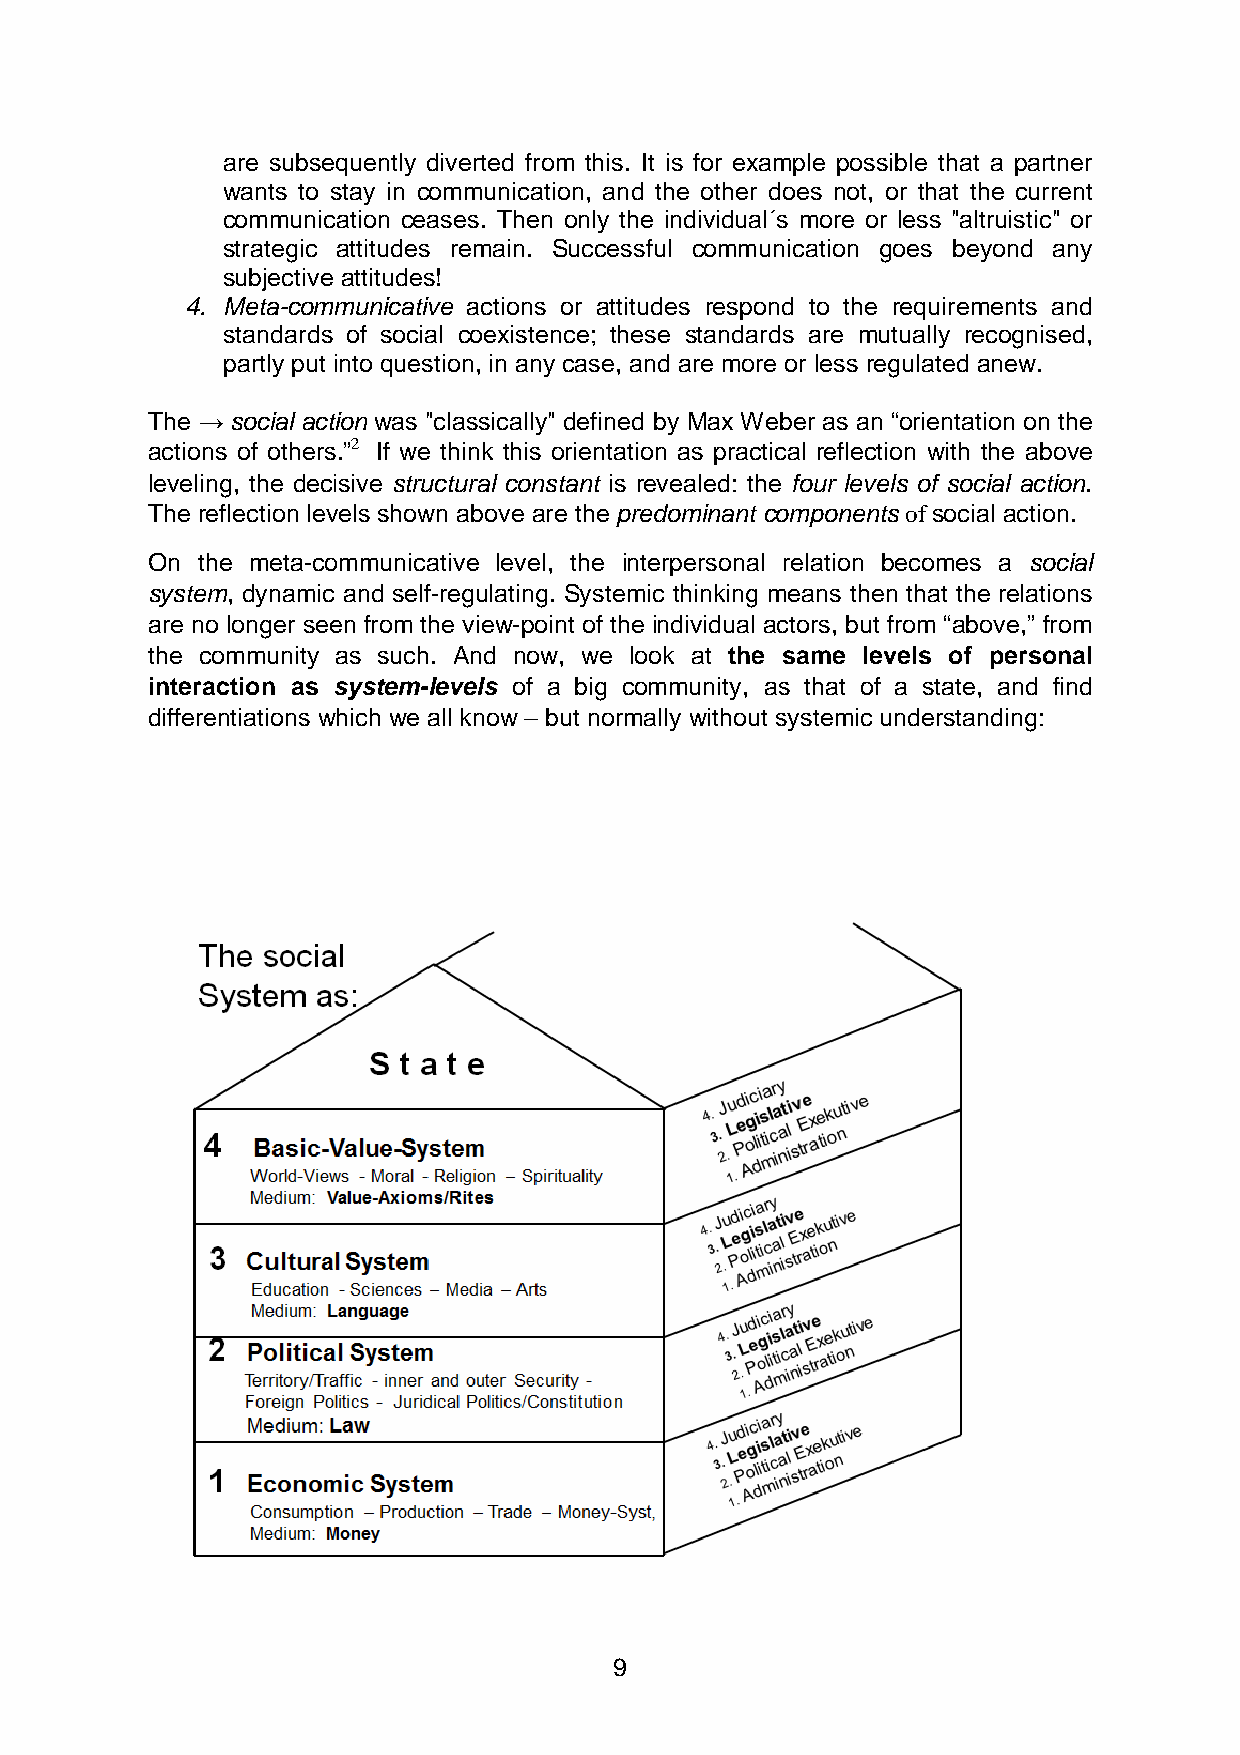
are subsequently diverted from this. It is for example possible that a partner
 wants to stay in communication, and the other does not, or that the current
 communication ceases. Then only the individual´s more or less "altruistic" or
 strategic attitudes remain. Successful communication goes beyond any
 subjective attitudes!
 4. Meta-communicative actions or attitudes respond to the requirements and
 standards of social coexistence; these standards are mutually recognised,
 partly put into question, in any case, and are more or less regulated anew.
 The → social action was "classically" defined by Max Weber as an “orientation on the
 actions of others.”2 If we think this orientation as practical reflection with the above
 leveling, the decisive structural constant is revealed: the four levels of social action.
 The reflection levels shown above are the predominant components of social action.
 On the meta-communicative level, the interpersonal relation becomes a social
 system, dynamic and self-regulating. Systemic thinking means then that the relations
 are no longer seen from the view-point of the individual actors, but from “above,” from
 the community as such. And now, we look at the same levels of personal
 interaction as system-levels of a big community, as that of a state, and find
 differentiations which we all know – but normally without systemic understanding:
 2
 Max Weber, Economy and Society, § 1.
 9